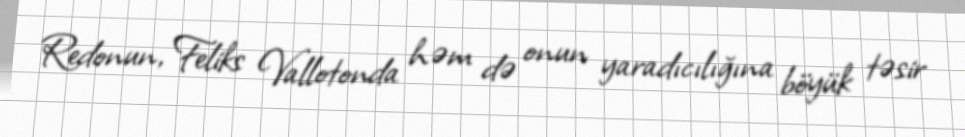
Redonun, Feliks Vallotonda həm də onun yaradıcılığına böyük təsir